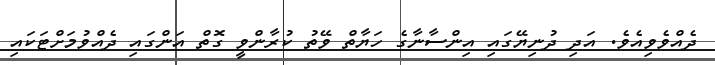
ދެއްވެވިއެވެ. އަދި ދުނިޔޭގައި އިންސާނާގެ ހަޔާތް ވޭތު ކުރާންވީ ގޮތް އަންގައި ދެއްވުމަށްޓަކައި